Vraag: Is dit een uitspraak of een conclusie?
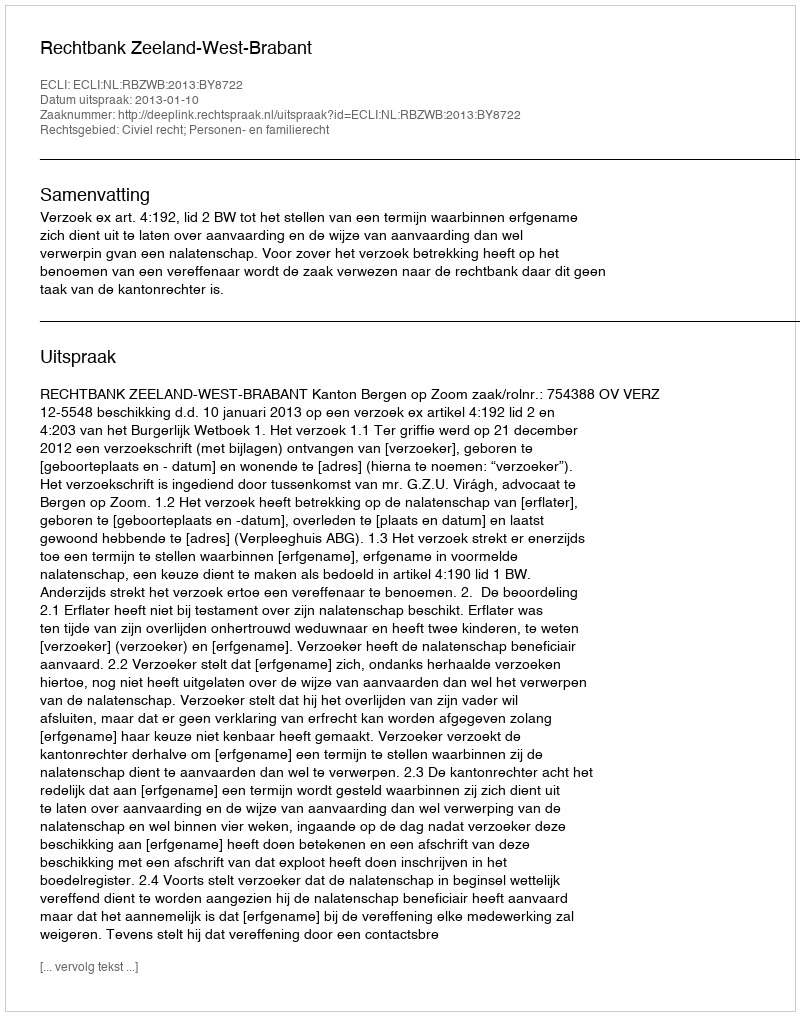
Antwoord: Uitspraak